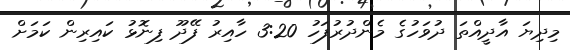
މިދިޔަ އާދީއްތަ ދުވަހުގެ މެންދުރުފަހު 3:20 ހާއިރު ފޭދޫ ފިނޮޅު ކައިރިން ކަމަށް